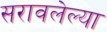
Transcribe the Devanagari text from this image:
सरावलेल्या